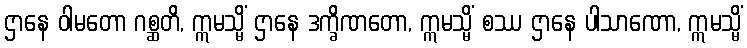
ဌာနေ ဝါမတော ဂစ္ဆတိ, ဣမသ္မိံ ဌာနေ ဒက္ခိဏတော, ဣမသ္မိံ စဿ ဌာနေ ပါသာဏော, ဣမသ္မိံ